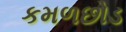
કમળછોડ